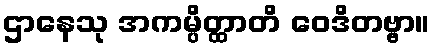
ဌာနေသု အကမ္ပိတ္ထာတိ ဝေဒိတဗ္ဗာ။